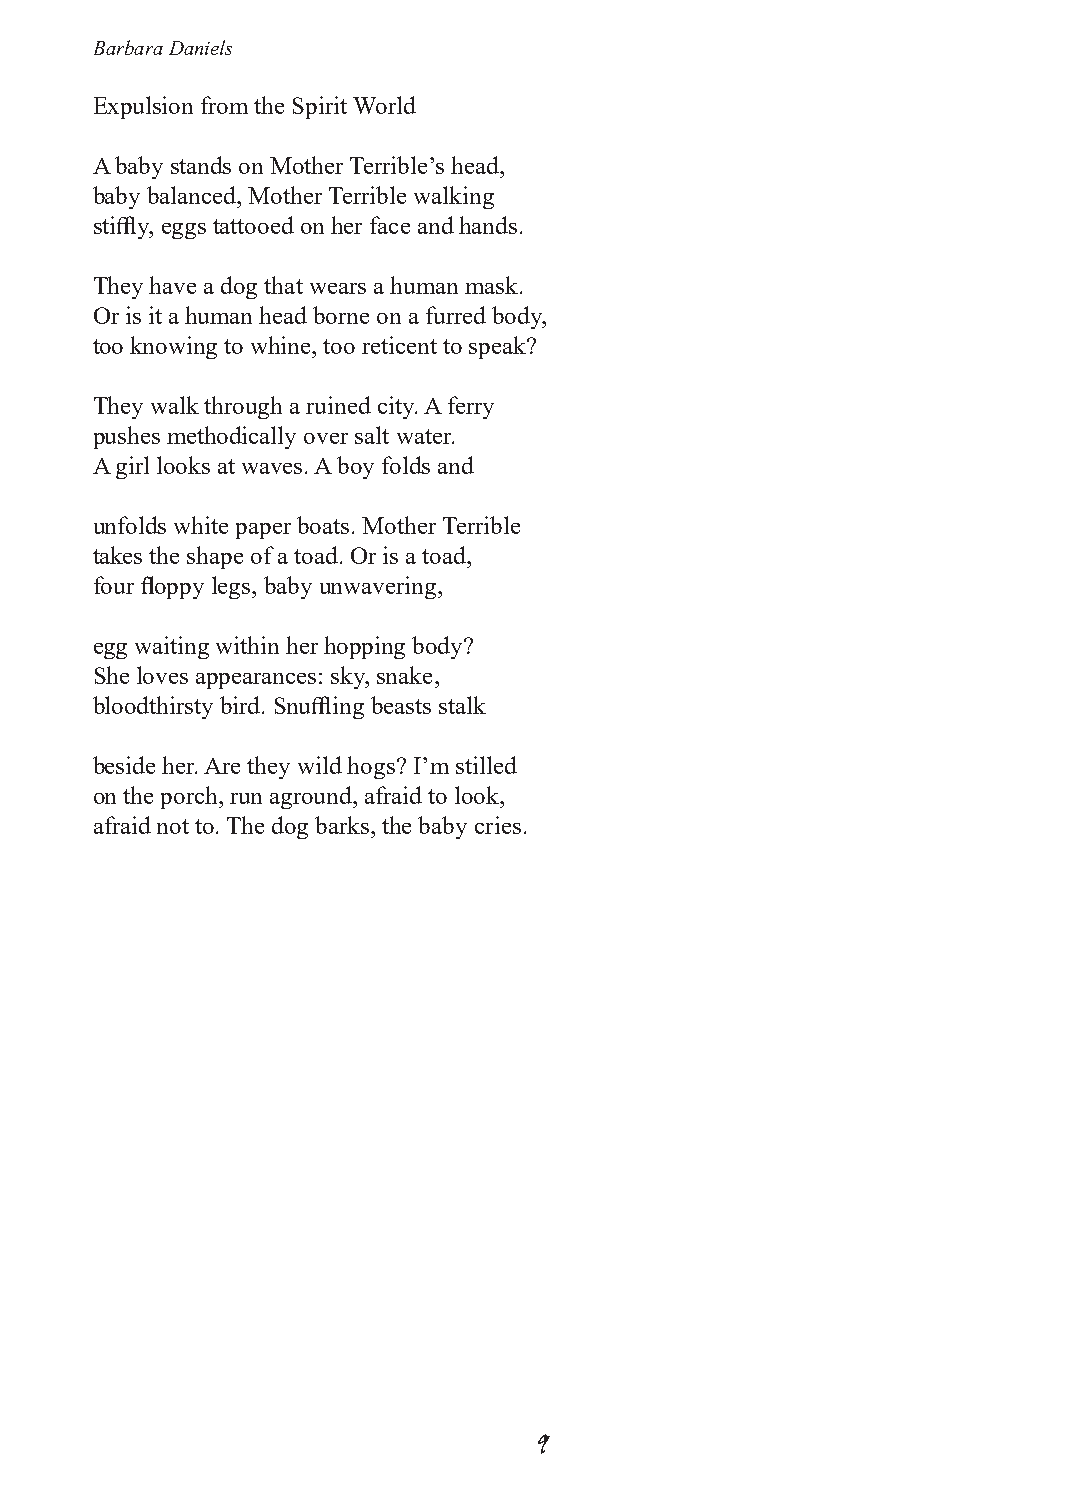
Barbara Daniels
 Expulsion from the Spirit World
 A baby stands on Mother Terrible’s head,
 baby balanced, Mother Terrible walking
 stiffly, eggs tattooed on her face and hands.
 They have a dog that wears a human mask.
 Or is it a human head borne on a furred body,
 too knowing to whine, too reticent to speak?
 They walk through a ruined city. A ferry
 pushes methodically over salt water.
 A girl looks at waves. A boy folds and
 unfolds white paper boats. Mother Terrible
 takes the shape of a toad. Or is a toad,
 four floppy legs, baby unwavering,
 egg waiting within her hopping body?
 She loves appearances: sky, snake,
 bloodthirsty bird. Snuffling beasts stalk
 beside her. Are they wild hogs? I’m stilled
 on the porch, run aground, afraid to look,
 afraid not to. The dog barks, the baby cries.
 9